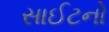
સાઈટનો